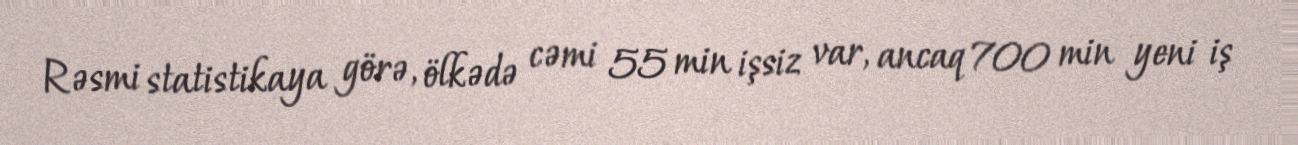
Rəsmi statistikaya görə, ölkədə cəmi 55 min işsiz var, ancaq 700 min yeni iş